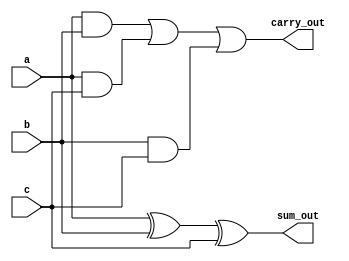
/* Generated by Yosys 0.39+124 (git sha1 d73f71e81, clang++ 14.0.0-1ubuntu1.1 -fPIC -Os) */

module full_adder(a, b, c, sum_out, carry_out);
  wire _0_;
  wire _1_;
  wire _2_;
  wire _3_;
  wire _4_;
  wire _5_;
  wire _6_;
  input a;
  wire a;
  input b;
  wire b;
  input c;
  wire c;
  output carry_out;
  wire carry_out;
  output sum_out;
  wire sum_out;
  assign _0_ = a ^ b;
  assign _1_ = _0_ ^ c;
  assign _2_ = a & b;
  assign _3_ = a & c;
  assign _4_ = _2_ | _3_;
  assign _5_ = b & c;
  assign _6_ = _4_ | _5_;
  assign sum_out = _1_;
  assign carry_out = _6_;
endmodule

module signed_unsigned_4x4_bit_multiplier(multiplicand, multiplier, signed_mode, product);
  wire [7:0] _0_;
  input [3:0] multiplicand;
  wire [3:0] multiplicand;
  input [3:0] multiplier;
  wire [3:0] multiplier;
  wire [7:0] \multiply:1 ;
  output [7:0] product;
  wire [7:0] product;
  input signed_mode;
  wire signed_mode;
  signed_unsigned_nxn_bit_multiplier_4 multiply (
    .multiplicand(multiplicand),
    .multiplier(multiplier),
    .product(_0_),
    .signed_mode(signed_mode)
  );
  assign \multiply:1  = _0_;
  assign product = \multiply:1 ;
endmodule

module signed_unsigned_nxn_bit_multiplier_4(multiplicand, multiplier, signed_mode, product);
  wire _000_;
  wire _001_;
  wire _002_;
  wire _003_;
  wire _004_;
  wire _005_;
  wire _006_;
  wire _007_;
  wire _008_;
  wire _009_;
  wire _010_;
  wire _011_;
  wire _012_;
  wire _013_;
  wire _014_;
  wire _015_;
  wire _016_;
  wire _017_;
  wire _018_;
  wire _019_;
  wire _020_;
  wire _021_;
  wire _022_;
  wire _023_;
  wire _024_;
  wire _025_;
  wire _026_;
  wire _027_;
  wire _028_;
  wire _029_;
  wire _030_;
  wire _031_;
  wire _032_;
  wire _033_;
  wire _034_;
  wire _035_;
  wire _036_;
  wire _037_;
  wire _038_;
  wire _039_;
  wire _040_;
  wire _041_;
  wire _042_;
  wire _043_;
  wire _044_;
  wire _045_;
  wire _046_;
  wire _047_;
  wire _048_;
  wire _049_;
  wire _050_;
  wire _051_;
  wire _052_;
  wire _053_;
  wire _054_;
  wire _055_;
  wire _056_;
  wire _057_;
  wire _058_;
  wire _059_;
  wire _060_;
  wire _061_;
  wire _062_;
  wire _063_;
  wire _064_;
  wire _065_;
  wire _066_;
  wire _067_;
  wire _068_;
  wire _069_;
  wire _070_;
  wire _071_;
  wire _072_;
  wire _073_;
  wire _074_;
  wire _075_;
  wire _076_;
  wire _077_;
  wire _078_;
  wire _079_;
  wire _080_;
  wire _081_;
  wire _082_;
  wire _083_;
  wire _084_;
  wire _085_;
  wire _086_;
  wire _087_;
  wire _088_;
  wire _089_;
  wire _090_;
  wire _091_;
  wire _092_;
  wire _093_;
  wire _094_;
  wire _095_;
  wire _096_;
  wire _097_;
  wire _098_;
  wire _099_;
  wire _100_;
  wire _101_;
  wire _102_;
  wire _103_;
  wire _104_;
  wire _105_;
  wire _106_;
  wire _107_;
  wire _108_;
  wire _109_;
  wire _110_;
  wire _111_;
  wire _112_;
  wire _113_;
  wire _114_;
  wire _115_;
  wire [15:0] invert;
  input [3:0] multiplicand;
  wire [3:0] multiplicand;
  input [3:0] multiplier;
  wire [3:0] multiplier;
  wire \multiplier_bits:1.multiplicand_bits:1.cell.carry_save_adder_bit:24 ;
  wire \multiplier_bits:1.multiplicand_bits:1.cell.carry_save_adder_bit:25 ;
  wire \multiplier_bits:1.multiplicand_bits:2.cell.carry_save_adder_bit:45 ;
  wire \multiplier_bits:1.multiplicand_bits:2.cell.carry_save_adder_bit:46 ;
  wire \multiplier_bits:1.multiplicand_bits:3.cell.carry_save_adder_bit:66 ;
  wire \multiplier_bits:1.multiplicand_bits:3.cell.carry_save_adder_bit:67 ;
  wire \multiplier_bits:1.multiplicand_bits:4.cell.carry_save_adder_bit:88 ;
  wire \multiplier_bits:1.multiplicand_bits:4.cell.carry_save_adder_bit:89 ;
  wire \multiplier_bits:2.multiplicand_bits:1.cell.carry_save_adder_bit:113 ;
  wire \multiplier_bits:2.multiplicand_bits:1.cell.carry_save_adder_bit:114 ;
  wire \multiplier_bits:2.multiplicand_bits:2.cell.carry_save_adder_bit:134 ;
  wire \multiplier_bits:2.multiplicand_bits:2.cell.carry_save_adder_bit:135 ;
  wire \multiplier_bits:2.multiplicand_bits:3.cell.carry_save_adder_bit:155 ;
  wire \multiplier_bits:2.multiplicand_bits:3.cell.carry_save_adder_bit:156 ;
  wire \multiplier_bits:2.multiplicand_bits:4.cell.carry_save_adder_bit:177 ;
  wire \multiplier_bits:2.multiplicand_bits:4.cell.carry_save_adder_bit:178 ;
  wire \multiplier_bits:3.multiplicand_bits:1.cell.carry_save_adder_bit:202 ;
  wire \multiplier_bits:3.multiplicand_bits:1.cell.carry_save_adder_bit:203 ;
  wire \multiplier_bits:3.multiplicand_bits:2.cell.carry_save_adder_bit:223 ;
  wire \multiplier_bits:3.multiplicand_bits:2.cell.carry_save_adder_bit:224 ;
  wire \multiplier_bits:3.multiplicand_bits:3.cell.carry_save_adder_bit:244 ;
  wire \multiplier_bits:3.multiplicand_bits:3.cell.carry_save_adder_bit:245 ;
  wire \multiplier_bits:3.multiplicand_bits:4.cell.carry_save_adder_bit:266 ;
  wire \multiplier_bits:3.multiplicand_bits:4.cell.carry_save_adder_bit:267 ;
  wire \multiplier_bits:4.multiplicand_bits:1.cell.carry_save_adder_bit:293 ;
  wire \multiplier_bits:4.multiplicand_bits:1.cell.carry_save_adder_bit:294 ;
  wire \multiplier_bits:4.multiplicand_bits:2.cell.carry_save_adder_bit:315 ;
  wire \multiplier_bits:4.multiplicand_bits:2.cell.carry_save_adder_bit:316 ;
  wire \multiplier_bits:4.multiplicand_bits:3.cell.carry_save_adder_bit:337 ;
  wire \multiplier_bits:4.multiplicand_bits:3.cell.carry_save_adder_bit:338 ;
  wire \multiplier_bits:4.multiplicand_bits:4.cell.carry_save_adder_bit:358 ;
  wire \multiplier_bits:4.multiplicand_bits:4.cell.carry_save_adder_bit:359 ;
  wire [15:0] part_prod_carry;
  wire [19:0] part_prod_sum;
  output [7:0] product;
  wire [7:0] product;
  wire [15:0] product_bit;
  wire [4:0] ripple_carry;
  input signed_mode;
  wire signed_mode;
  wire \upper_product_bits:1.ripple_adder_bit:374 ;
  wire \upper_product_bits:1.ripple_adder_bit:375 ;
  wire \upper_product_bits:2.ripple_adder_bit:383 ;
  wire \upper_product_bits:2.ripple_adder_bit:384 ;
  wire \upper_product_bits:3.ripple_adder_bit:392 ;
  wire \upper_product_bits:3.ripple_adder_bit:393 ;
  wire \upper_product_bits:4.ripple_adder_bit:401 ;
  wire \upper_product_bits:4.ripple_adder_bit:402 ;
  assign _038_ = 1'h0 ? 1'h1 : 1'h0;
  assign _040_ = multiplier[1] & multiplicand[0];
  assign _041_ = _040_ ^ invert[4];
  assign _042_ = _041_ ? 1'h1 : 1'h0;
  assign _039_ = 1'h0 ? 1'h1 : 1'h0;
  assign _045_ = 1'h0 ? 1'h1 : 1'h0;
  assign _046_ = multiplier[1] & multiplicand[1];
  assign _047_ = _046_ ^ invert[5];
  assign _048_ = _047_ ? 1'h1 : 1'h0;
  assign _052_ = 1'h0 ? 1'h1 : 1'h0;
  assign _053_ = multiplier[1] & multiplicand[2];
  assign _054_ = _053_ ^ invert[6];
  assign _055_ = _054_ ? 1'h1 : 1'h0;
  assign _050_ = multiplier[0] & multiplicand[0];
  assign _058_ = signed_mode & 1'h1;
  assign _059_ = _058_ ? 1'h1 : 1'h0;
  assign _060_ = multiplier[1] & multiplicand[3];
  assign _062_ = _060_ ^ invert[7];
  assign _063_ = _062_ ? 1'h1 : 1'h0;
  assign _061_ = _050_ ^ invert[0];
  assign _066_ = 1'h0 ? 1'h1 : 1'h0;
  assign _067_ = 1'h0 ? 1'h1 : 1'h0;
  assign _072_ = _061_ ? 1'h1 : 1'h0;
  assign _068_ = multiplier[2] & multiplicand[0];
  assign _069_ = _068_ ^ invert[8];
  assign _070_ = _069_ ? 1'h1 : 1'h0;
  assign _074_ = 1'h0 ? 1'h1 : 1'h0;
  assign _075_ = multiplier[2] & multiplicand[1];
  assign _076_ = _075_ ^ invert[9];
  assign _077_ = _076_ ? 1'h1 : 1'h0;
  assign _080_ = 1'h0 ? 1'h1 : 1'h0;
  assign _081_ = multiplier[2] & multiplicand[2];
  assign _082_ = _081_ ^ invert[10];
  assign _084_ = _082_ ? 1'h1 : 1'h0;
  assign _087_ = signed_mode & 1'h1;
  assign _088_ = _087_ ? 1'h1 : 1'h0;
  assign _089_ = multiplier[2] & multiplicand[3];
  assign _090_ = _089_ ^ invert[11];
  assign _091_ = _090_ ? 1'h1 : 1'h0;
  assign _095_ = signed_mode & 1'h1;
  assign _096_ = _095_ ? 1'h1 : 1'h0;
  assign _097_ = signed_mode & 1'h1;
  assign _098_ = _097_ ? 1'h1 : 1'h0;
  assign _099_ = multiplier[3] & multiplicand[0];
  assign _100_ = _099_ ^ invert[12];
  assign _101_ = _100_ ? 1'h1 : 1'h0;
  assign _104_ = signed_mode & 1'h1;
  assign _106_ = _104_ ? 1'h1 : 1'h0;
  assign _107_ = multiplier[3] & multiplicand[1];
  assign _108_ = _107_ ^ invert[13];
  assign _109_ = _108_ ? 1'h1 : 1'h0;
  assign _105_ = 1'h0 ? 1'h1 : 1'h0;
  assign _112_ = signed_mode & 1'h1;
  assign _113_ = _112_ ? 1'h1 : 1'h0;
  assign _114_ = multiplier[3] & multiplicand[2];
  assign _115_ = _114_ ^ invert[14];
  assign _001_ = _115_ ? 1'h1 : 1'h0;
  assign _004_ = 1'h0 ? 1'h1 : 1'h0;
  assign _005_ = multiplier[3] & multiplicand[3];
  assign _006_ = _005_ ^ invert[15];
  assign _007_ = _006_ ? 1'h1 : 1'h0;
  assign _010_ = signed_mode ? 1'h1 : 1'h0;
  assign _000_ = multiplier[0] & multiplicand[1];
  assign _011_ = _000_ ^ invert[1];
  assign _020_ = _011_ ? 1'h1 : 1'h0;
  assign _023_ = 1'h0 ? 1'h1 : 1'h0;
  assign _024_ = multiplier[0] & multiplicand[2];
  assign _025_ = _024_ ^ invert[2];
  assign _026_ = _025_ ? 1'h1 : 1'h0;
  assign _028_ = 1'h0 ? 1'h1 : 1'h0;
  assign _030_ = signed_mode & 1'h1;
  assign _031_ = _030_ ? 1'h1 : 1'h0;
  assign _032_ = multiplier[0] & multiplicand[3];
  assign _033_ = _032_ ^ invert[3];
  assign _034_ = _033_ ? 1'h1 : 1'h0;
  assign _037_ = 1'h0 ? 1'h1 : 1'h0;
  full_adder \multiplier_bits:1.multiplicand_bits:1.cell.carry_save_adder_bit  (
    .a(1'h0),
    .b(1'h0),
    .c(product_bit[0]),
    .carry_out(_094_),
    .sum_out(_083_)
  );
  full_adder \multiplier_bits:1.multiplicand_bits:2.cell.carry_save_adder_bit  (
    .a(1'h0),
    .b(1'h0),
    .c(product_bit[1]),
    .carry_out(_022_),
    .sum_out(_021_)
  );
  full_adder \multiplier_bits:1.multiplicand_bits:3.cell.carry_save_adder_bit  (
    .a(1'h0),
    .b(1'h0),
    .c(product_bit[2]),
    .carry_out(_029_),
    .sum_out(_027_)
  );
  full_adder \multiplier_bits:1.multiplicand_bits:4.cell.carry_save_adder_bit  (
    .a(1'h0),
    .b(1'h0),
    .c(product_bit[3]),
    .carry_out(_036_),
    .sum_out(_035_)
  );
  full_adder \multiplier_bits:2.multiplicand_bits:1.cell.carry_save_adder_bit  (
    .a(part_prod_sum[1]),
    .b(part_prod_carry[0]),
    .c(product_bit[4]),
    .carry_out(_044_),
    .sum_out(_043_)
  );
  full_adder \multiplier_bits:2.multiplicand_bits:2.cell.carry_save_adder_bit  (
    .a(part_prod_sum[2]),
    .b(part_prod_carry[1]),
    .c(product_bit[5]),
    .carry_out(_051_),
    .sum_out(_049_)
  );
  full_adder \multiplier_bits:2.multiplicand_bits:3.cell.carry_save_adder_bit  (
    .a(part_prod_sum[3]),
    .b(part_prod_carry[2]),
    .c(product_bit[6]),
    .carry_out(_057_),
    .sum_out(_056_)
  );
  full_adder \multiplier_bits:2.multiplicand_bits:4.cell.carry_save_adder_bit  (
    .a(part_prod_sum[4]),
    .b(part_prod_carry[3]),
    .c(product_bit[7]),
    .carry_out(_065_),
    .sum_out(_064_)
  );
  full_adder \multiplier_bits:3.multiplicand_bits:1.cell.carry_save_adder_bit  (
    .a(part_prod_sum[6]),
    .b(part_prod_carry[4]),
    .c(product_bit[8]),
    .carry_out(_073_),
    .sum_out(_071_)
  );
  full_adder \multiplier_bits:3.multiplicand_bits:2.cell.carry_save_adder_bit  (
    .a(part_prod_sum[7]),
    .b(part_prod_carry[5]),
    .c(product_bit[9]),
    .carry_out(_079_),
    .sum_out(_078_)
  );
  full_adder \multiplier_bits:3.multiplicand_bits:3.cell.carry_save_adder_bit  (
    .a(part_prod_sum[8]),
    .b(part_prod_carry[6]),
    .c(product_bit[10]),
    .carry_out(_086_),
    .sum_out(_085_)
  );
  full_adder \multiplier_bits:3.multiplicand_bits:4.cell.carry_save_adder_bit  (
    .a(part_prod_sum[9]),
    .b(part_prod_carry[7]),
    .c(product_bit[11]),
    .carry_out(_093_),
    .sum_out(_092_)
  );
  full_adder \multiplier_bits:4.multiplicand_bits:1.cell.carry_save_adder_bit  (
    .a(part_prod_sum[11]),
    .b(part_prod_carry[8]),
    .c(product_bit[12]),
    .carry_out(_103_),
    .sum_out(_102_)
  );
  full_adder \multiplier_bits:4.multiplicand_bits:2.cell.carry_save_adder_bit  (
    .a(part_prod_sum[12]),
    .b(part_prod_carry[9]),
    .c(product_bit[13]),
    .carry_out(_111_),
    .sum_out(_110_)
  );
  full_adder \multiplier_bits:4.multiplicand_bits:3.cell.carry_save_adder_bit  (
    .a(part_prod_sum[13]),
    .b(part_prod_carry[10]),
    .c(product_bit[14]),
    .carry_out(_003_),
    .sum_out(_002_)
  );
  full_adder \multiplier_bits:4.multiplicand_bits:4.cell.carry_save_adder_bit  (
    .a(part_prod_sum[14]),
    .b(part_prod_carry[11]),
    .c(product_bit[15]),
    .carry_out(_009_),
    .sum_out(_008_)
  );
  full_adder \upper_product_bits:1.ripple_adder_bit  (
    .a(part_prod_sum[16]),
    .b(part_prod_carry[12]),
    .c(ripple_carry[0]),
    .carry_out(_013_),
    .sum_out(_012_)
  );
  full_adder \upper_product_bits:2.ripple_adder_bit  (
    .a(part_prod_sum[17]),
    .b(part_prod_carry[13]),
    .c(ripple_carry[1]),
    .carry_out(_015_),
    .sum_out(_014_)
  );
  full_adder \upper_product_bits:3.ripple_adder_bit  (
    .a(part_prod_sum[18]),
    .b(part_prod_carry[14]),
    .c(ripple_carry[2]),
    .carry_out(_017_),
    .sum_out(_016_)
  );
  full_adder \upper_product_bits:4.ripple_adder_bit  (
    .a(part_prod_sum[19]),
    .b(part_prod_carry[15]),
    .c(ripple_carry[3]),
    .carry_out(_019_),
    .sum_out(_018_)
  );
  assign part_prod_sum = { _096_, \multiplier_bits:4.multiplicand_bits:4.cell.carry_save_adder_bit:358 , \multiplier_bits:4.multiplicand_bits:3.cell.carry_save_adder_bit:337 , \multiplier_bits:4.multiplicand_bits:2.cell.carry_save_adder_bit:315 , \multiplier_bits:4.multiplicand_bits:1.cell.carry_save_adder_bit:293 , _066_, \multiplier_bits:3.multiplicand_bits:4.cell.carry_save_adder_bit:266 , \multiplier_bits:3.multiplicand_bits:3.cell.carry_save_adder_bit:244 , \multiplier_bits:3.multiplicand_bits:2.cell.carry_save_adder_bit:223 , \multiplier_bits:3.multiplicand_bits:1.cell.carry_save_adder_bit:202 , _037_, \multiplier_bits:2.multiplicand_bits:4.cell.carry_save_adder_bit:177 , \multiplier_bits:2.multiplicand_bits:3.cell.carry_save_adder_bit:155 , \multiplier_bits:2.multiplicand_bits:2.cell.carry_save_adder_bit:134 , \multiplier_bits:2.multiplicand_bits:1.cell.carry_save_adder_bit:113 , _028_, \multiplier_bits:1.multiplicand_bits:4.cell.carry_save_adder_bit:88 , \multiplier_bits:1.multiplicand_bits:3.cell.carry_save_adder_bit:66 , \multiplier_bits:1.multiplicand_bits:2.cell.carry_save_adder_bit:45 , \multiplier_bits:1.multiplicand_bits:1.cell.carry_save_adder_bit:24  };
  assign part_prod_carry = { \multiplier_bits:4.multiplicand_bits:4.cell.carry_save_adder_bit:359 , \multiplier_bits:4.multiplicand_bits:3.cell.carry_save_adder_bit:338 , \multiplier_bits:4.multiplicand_bits:2.cell.carry_save_adder_bit:316 , \multiplier_bits:4.multiplicand_bits:1.cell.carry_save_adder_bit:294 , \multiplier_bits:3.multiplicand_bits:4.cell.carry_save_adder_bit:267 , \multiplier_bits:3.multiplicand_bits:3.cell.carry_save_adder_bit:245 , \multiplier_bits:3.multiplicand_bits:2.cell.carry_save_adder_bit:224 , \multiplier_bits:3.multiplicand_bits:1.cell.carry_save_adder_bit:203 , \multiplier_bits:2.multiplicand_bits:4.cell.carry_save_adder_bit:178 , \multiplier_bits:2.multiplicand_bits:3.cell.carry_save_adder_bit:156 , \multiplier_bits:2.multiplicand_bits:2.cell.carry_save_adder_bit:135 , \multiplier_bits:2.multiplicand_bits:1.cell.carry_save_adder_bit:114 , \multiplier_bits:1.multiplicand_bits:4.cell.carry_save_adder_bit:89 , \multiplier_bits:1.multiplicand_bits:3.cell.carry_save_adder_bit:67 , \multiplier_bits:1.multiplicand_bits:2.cell.carry_save_adder_bit:46 , \multiplier_bits:1.multiplicand_bits:1.cell.carry_save_adder_bit:25  };
  assign product_bit = { _007_, _001_, _109_, _101_, _091_, _084_, _077_, _070_, _063_, _055_, _048_, _042_, _034_, _026_, _020_, _072_ };
  assign invert = { _004_, _113_, _106_, _098_, _088_, _080_, _074_, _067_, _059_, _052_, _045_, _038_, _031_, _023_, _105_, _039_ };
  assign ripple_carry = { \upper_product_bits:4.ripple_adder_bit:402 , \upper_product_bits:3.ripple_adder_bit:393 , \upper_product_bits:2.ripple_adder_bit:384 , \upper_product_bits:1.ripple_adder_bit:375 , _010_ };
  assign \multiplier_bits:1.multiplicand_bits:1.cell.carry_save_adder_bit:24  = _083_;
  assign \multiplier_bits:1.multiplicand_bits:1.cell.carry_save_adder_bit:25  = _094_;
  assign \multiplier_bits:1.multiplicand_bits:2.cell.carry_save_adder_bit:45  = _021_;
  assign \multiplier_bits:1.multiplicand_bits:2.cell.carry_save_adder_bit:46  = _022_;
  assign \multiplier_bits:1.multiplicand_bits:3.cell.carry_save_adder_bit:66  = _027_;
  assign \multiplier_bits:1.multiplicand_bits:3.cell.carry_save_adder_bit:67  = _029_;
  assign \multiplier_bits:1.multiplicand_bits:4.cell.carry_save_adder_bit:88  = _035_;
  assign \multiplier_bits:1.multiplicand_bits:4.cell.carry_save_adder_bit:89  = _036_;
  assign \multiplier_bits:2.multiplicand_bits:1.cell.carry_save_adder_bit:113  = _043_;
  assign \multiplier_bits:2.multiplicand_bits:1.cell.carry_save_adder_bit:114  = _044_;
  assign \multiplier_bits:2.multiplicand_bits:2.cell.carry_save_adder_bit:134  = _049_;
  assign \multiplier_bits:2.multiplicand_bits:2.cell.carry_save_adder_bit:135  = _051_;
  assign \multiplier_bits:2.multiplicand_bits:3.cell.carry_save_adder_bit:155  = _056_;
  assign \multiplier_bits:2.multiplicand_bits:3.cell.carry_save_adder_bit:156  = _057_;
  assign \multiplier_bits:2.multiplicand_bits:4.cell.carry_save_adder_bit:177  = _064_;
  assign \multiplier_bits:2.multiplicand_bits:4.cell.carry_save_adder_bit:178  = _065_;
  assign \multiplier_bits:3.multiplicand_bits:1.cell.carry_save_adder_bit:202  = _071_;
  assign \multiplier_bits:3.multiplicand_bits:1.cell.carry_save_adder_bit:203  = _073_;
  assign \multiplier_bits:3.multiplicand_bits:2.cell.carry_save_adder_bit:223  = _078_;
  assign \multiplier_bits:3.multiplicand_bits:2.cell.carry_save_adder_bit:224  = _079_;
  assign \multiplier_bits:3.multiplicand_bits:3.cell.carry_save_adder_bit:244  = _085_;
  assign \multiplier_bits:3.multiplicand_bits:3.cell.carry_save_adder_bit:245  = _086_;
  assign \multiplier_bits:3.multiplicand_bits:4.cell.carry_save_adder_bit:266  = _092_;
  assign \multiplier_bits:3.multiplicand_bits:4.cell.carry_save_adder_bit:267  = _093_;
  assign \multiplier_bits:4.multiplicand_bits:1.cell.carry_save_adder_bit:293  = _102_;
  assign \multiplier_bits:4.multiplicand_bits:1.cell.carry_save_adder_bit:294  = _103_;
  assign \multiplier_bits:4.multiplicand_bits:2.cell.carry_save_adder_bit:315  = _110_;
  assign \multiplier_bits:4.multiplicand_bits:2.cell.carry_save_adder_bit:316  = _111_;
  assign \multiplier_bits:4.multiplicand_bits:3.cell.carry_save_adder_bit:337  = _002_;
  assign \multiplier_bits:4.multiplicand_bits:3.cell.carry_save_adder_bit:338  = _003_;
  assign \multiplier_bits:4.multiplicand_bits:4.cell.carry_save_adder_bit:358  = _008_;
  assign \multiplier_bits:4.multiplicand_bits:4.cell.carry_save_adder_bit:359  = _009_;
  assign \upper_product_bits:1.ripple_adder_bit:374  = _012_;
  assign \upper_product_bits:1.ripple_adder_bit:375  = _013_;
  assign \upper_product_bits:2.ripple_adder_bit:383  = _014_;
  assign \upper_product_bits:2.ripple_adder_bit:384  = _015_;
  assign \upper_product_bits:3.ripple_adder_bit:392  = _016_;
  assign \upper_product_bits:3.ripple_adder_bit:393  = _017_;
  assign \upper_product_bits:4.ripple_adder_bit:401  = _018_;
  assign \upper_product_bits:4.ripple_adder_bit:402  = _019_;
  assign product = { \upper_product_bits:4.ripple_adder_bit:401 , \upper_product_bits:3.ripple_adder_bit:392 , \upper_product_bits:2.ripple_adder_bit:383 , \upper_product_bits:1.ripple_adder_bit:374 , part_prod_sum[15], part_prod_sum[10], part_prod_sum[5], part_prod_sum[0] };
endmodule